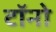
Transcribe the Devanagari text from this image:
टॉनो